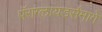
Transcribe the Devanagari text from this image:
पॅराग्लायडर्समागे